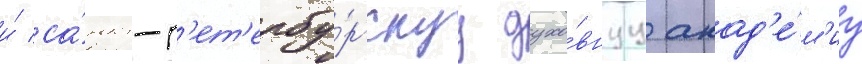
и́ са́нкт-п'ет'ербу́ргскуу духо́внуу акад'е́м'иу